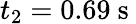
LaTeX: t_{2}=0.69\mathrm{~s~}